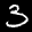
Digit: 3